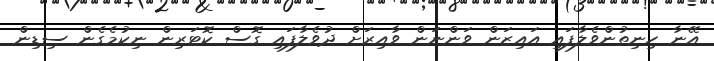
އޭނާ ހިނިތުންވެލާފައި އައިޒަން ވަންނަން ވާއިރަށް ދުވެލާފައި ގޮސް ކޮޓަރިން ނިކުމެގެން ސިޑިން